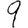
Digit: 9